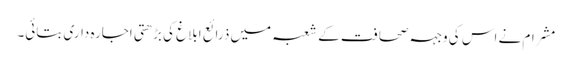
مشرام نے اس کی وجہہ صحافت کے شعبہ میں ذرائع ابلاغ کی بڑھتی اجارہ داری بتائی۔